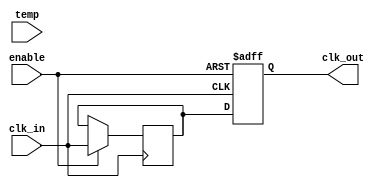
module TempCompClockBuffer (
    input wire clk_in,         // Input clock signal
    input wire enable,         // Enable signal for power management
    input wire [7:0] temp,     // Temperature input (simulated)
    output reg clk_out         // Buffered output clock signal
);

// Parameters for delay adjustment based on temperature
parameter TEMP_THRESHOLD = 8'h40; // Example threshold for temperature
parameter DELAY_ADJ_HIGH = 2;      // Delay adjustment for high temp
parameter DELAY_ADJ_LOW = 1;       // Delay adjustment for low temp

// Internal signals
reg [1:0] delay_adjustment;
reg clk_in_d; // Delayed version of input clock

// Clock buffering logic
always @(posedge clk_in or negedge enable) begin
    if (!enable) begin
        clk_out <= 1'b0; // Disable output clock
    end else begin
        // Simple delay adjustment based on temperature
        if (temp > TEMP_THRESHOLD) begin
            delay_adjustment <= DELAY_ADJ_HIGH; // Adjust delay for high temp
        end else begin
            delay_adjustment <= DELAY_ADJ_LOW; // Adjust delay for low temp
        end
        
        // Buffering logic with adjustable delay
        clk_in_d <= clk_in; // Capture input clock
        #delay_adjustment clk_out <= clk_in_d; // Adjust output clock based on delay
    end
end

endmodule